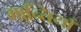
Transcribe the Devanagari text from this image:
भा्न्तियाँ